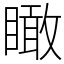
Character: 瞰